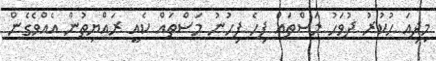
މިދިއަ ހުކުރު ދުވަހު މަސްތައް ފިހެ ފިހުނު މަސްތައް ކެއީ ރައްޔިތުން އެއްވެގެން